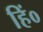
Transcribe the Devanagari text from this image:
हिं०